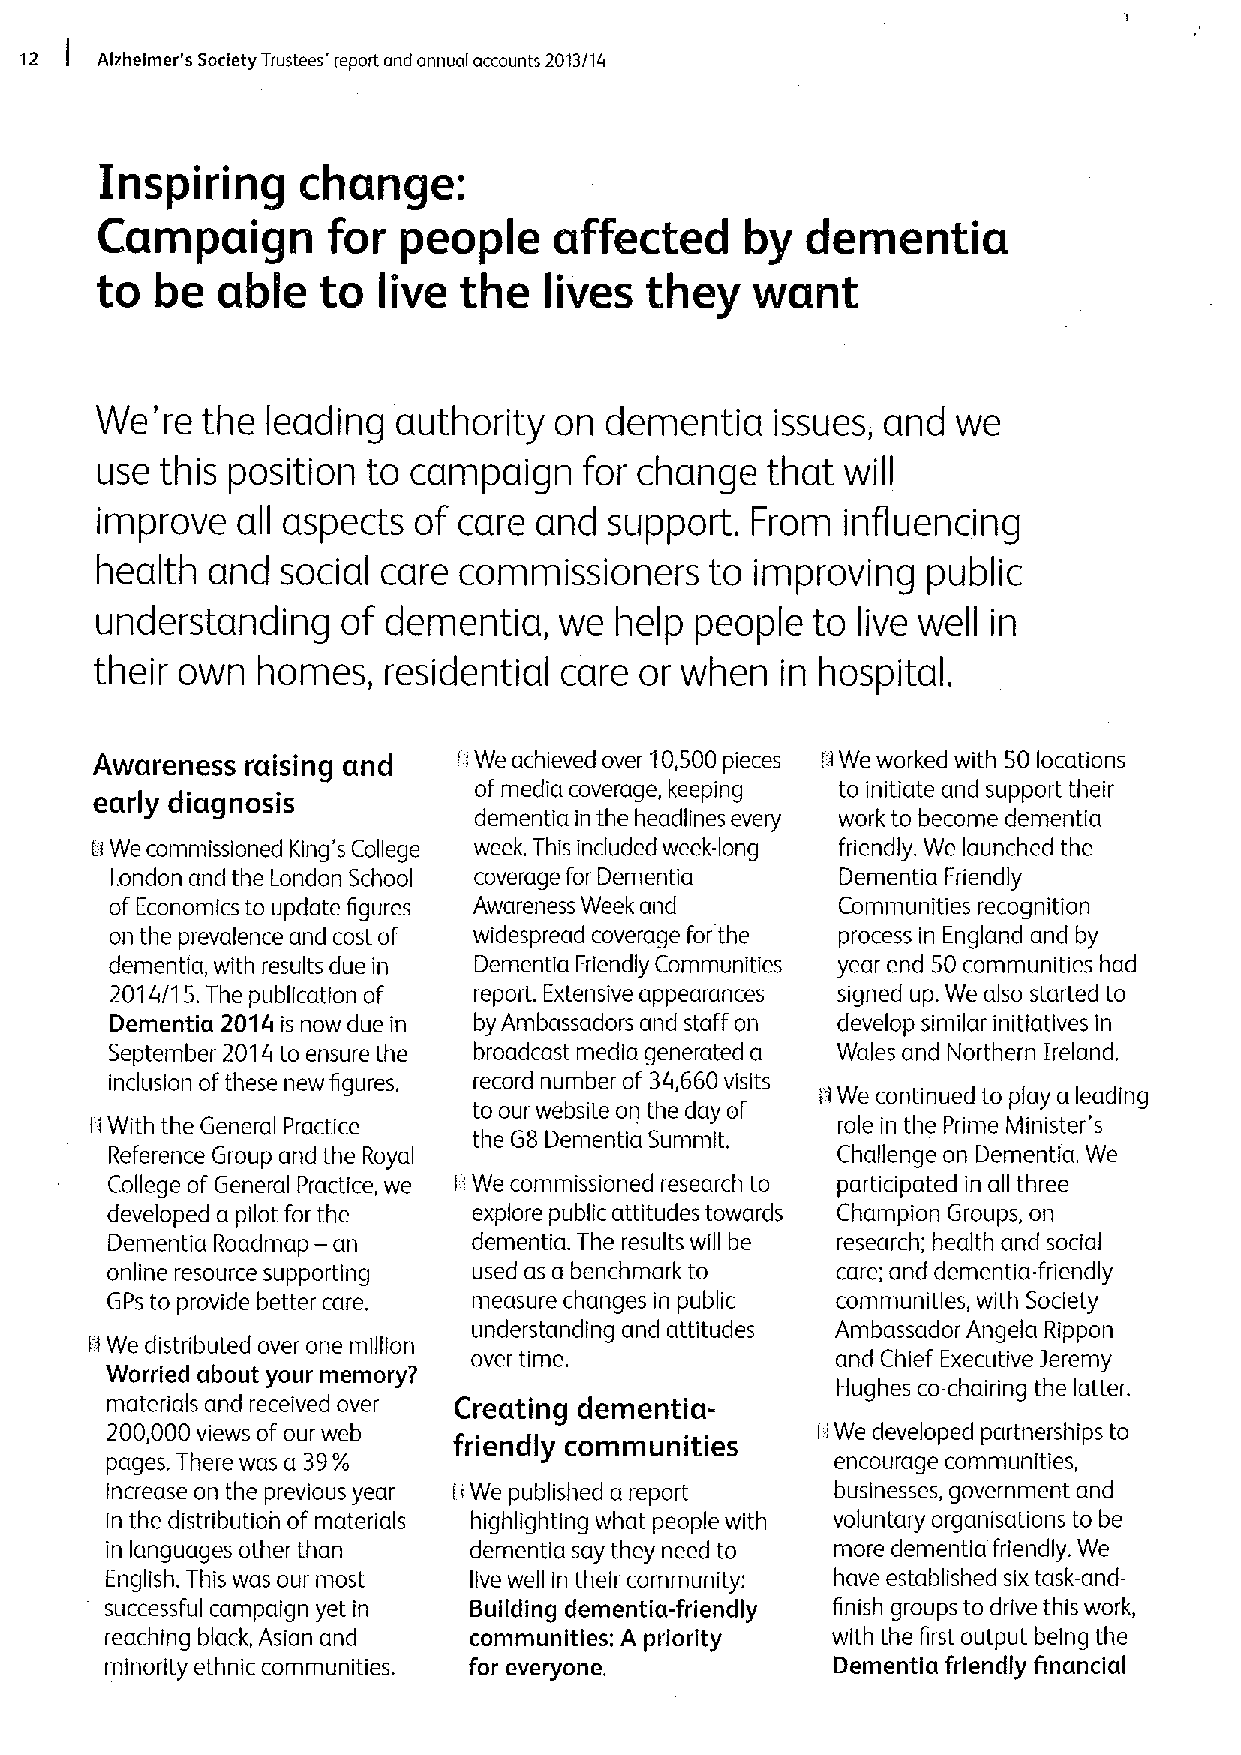
12 I /tlzhelmer's Society Trustees' report and annual accounts 2013/14
 Inspiring    change:
 Campaign       for  people    affected    by  dementia
 to  be  able   to  live the   lives  they   want
 We'  re the leading authority  on dementia   issues, and we
 use  this position to campaign   for change  that will
 improve   all aspects of care and support.  From  influencing
 health  and  social care commissioners   to improving  public
 understanding    of dementia,  we  help people  to live well in
 their own  homes,  residential care or when   in hospital.
 Awareness raising and   IiWe achieved over 'I0,500 pieces IiWe worked with 50 locations
 ofmedia coverage, keeping to initiate and support their
 early diagnosis
 dementia in the headlines every work to become dementia
 Ii We commissioned King's College week. This included week-long friendly. We launched the
 London and the London School coverage for Dementia Dementia Friendly
 of Economics to update figures Awareness Week and Communities recognition
 on the prevalence and cost of widespread coverage for the process in England and by
 dementia, with results due in Dementia Friendly Communities year end 50communities had
 2014/15. The publication of report. Extensive appearances signed up. We also started to
 Dementia 2014 is now due in by Ambassadors and staff on develop similar initiatives in
 September 2014to ensure the broadcast media generated a Wales and Northern Ireland.
 inclusion ofthese new figures. record number of 34,660visits 'I We continued to play a leading
 to our website on the day of
 IiWith the General Practice                      role in the Prime Minister's
 the G8 Dementia Summit.
 Reference Group and the Royal                   Challenge on Dementia. We
 College of General Practice, we I.' We commissioned research to participated in all three
 developed a pilot for the explore public attitudes towards Champion Groups, on
 —
 Dementia Roadmap an     dementia. The results will be research; health and social
 online resource supporting used as a benchmark to care; and dementia-friendly
 GPs to provide better care. measure changes in public communities, with Society
 understanding and attitudes Ambassador Angela Rippon
 IiWe distributed over one million
 over time.              and Chief Executive 3eremy
 Worried about your memory?
 Hughes co-chairing the latter.
 materials and received over Creating dementia-
 200,000views of our web
 friendly communities    I
 IWe developed partnerships to
 pages. There was a 39%                          encourage communities,
 increase on the previous year ItWe published a report businesses, government and
 In the distribution of materials highlighting what people with voluntary organisations to be
 in languages other than dementia say they need to more dementia friendly. We
 English. This was our most live well in their community: have established six task-and-
 successful campaign yet in Building dementia-friendly finish groups to drive this work,
 reaching black, Asian and communities: A priority with the first output being the
 minority ethnic communities. for everyone.      Dementia friendly financial